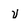
Character: v